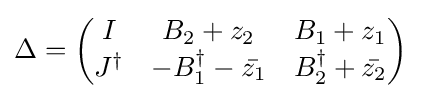
\Delta ={\begin{pmatrix}I&B_{2}+z_{2}&B_{1}+z_{1}\\J^{\dagger }&-B_{1}^{\dagger }-{\bar {z_{1}}}&B_{2}^{\dagger }+{\bar {z_{2}}}\end{pmatrix}}